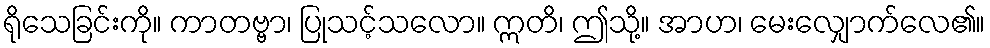
ရိုသေခြင်းကို။ ကာတဗ္ဗာ၊ ပြုသင့်သလော။ ဣတိ၊ ဤသို့။ အာဟ၊ မေးလျှောက်လေ၏။